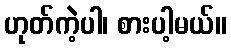
ဟုတ်ကဲ့ပါ၊ စားပါ့မယ်။